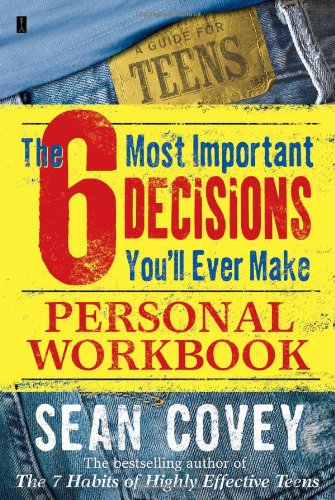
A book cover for The 6 Most Important Decisions You'll Ever Make Personal Workbook; Sean Covey; Teen & Young Adult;